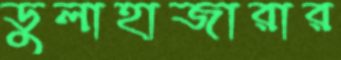
ডুলাহাজারার